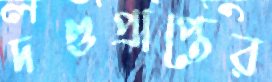
দণ্ডপ্রাপ্তের